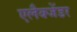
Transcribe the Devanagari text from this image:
एलैक्जेंडर